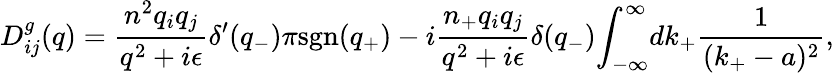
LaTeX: D_{ij}^{g}(q)=\frac{n^{2}q_{i}q_{j}}{q^{2}+i{\epsilon}}{\delta}^{\prime}(q_{-}){\pi}\mathrm{sgn}(q_{+})-i\frac{n_{+}q_{i}q_{j}}{q^{2}+i{\epsilon}}{\delta}(q_{-}){\int}_{-\infty}^{\infty}dk_{+}\frac{1}{(k_{+}-a)^{2}},